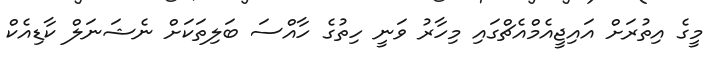
މީގެ އިތުރަށް އައިޖީއެމްއެޗްގައި މިހާރު ވަނީ ހިތުގެ ހާއްސަ ބަލިތަކަށް ނެޝަނަލް ކާޑިއެކް